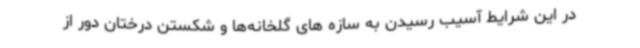
در این شرایط آسیب رسیدن به سازه های گلخانه‌ها و شکستن درختان دور از